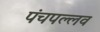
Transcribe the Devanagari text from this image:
पंचपल्लव